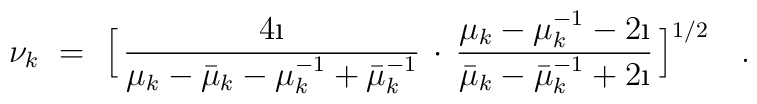
\nu_k\ =\ \Bigl[\,\frac{4\i}{\mu_k-\bar\mu_k-\mu_k^{-1}+\bar\mu_k^{-1}}\,\cdot\,\frac{\mu_k-\mu_k^{-1}-2\i}{\bar\mu_k-\bar\mu_k^{-1}+2\i}\,\Bigr]^{1/2}\quad.